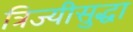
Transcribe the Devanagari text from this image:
त्रिज्यीसुद्धा